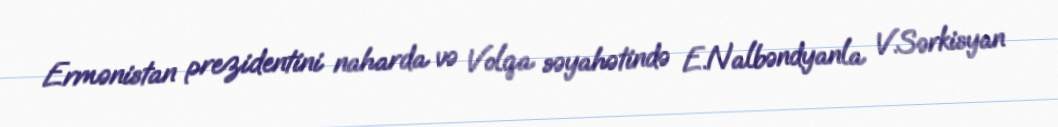
Ermənistan prezidentini naharda və Volqa səyahətində E.Nalbəndyanla V.Sərkisyan